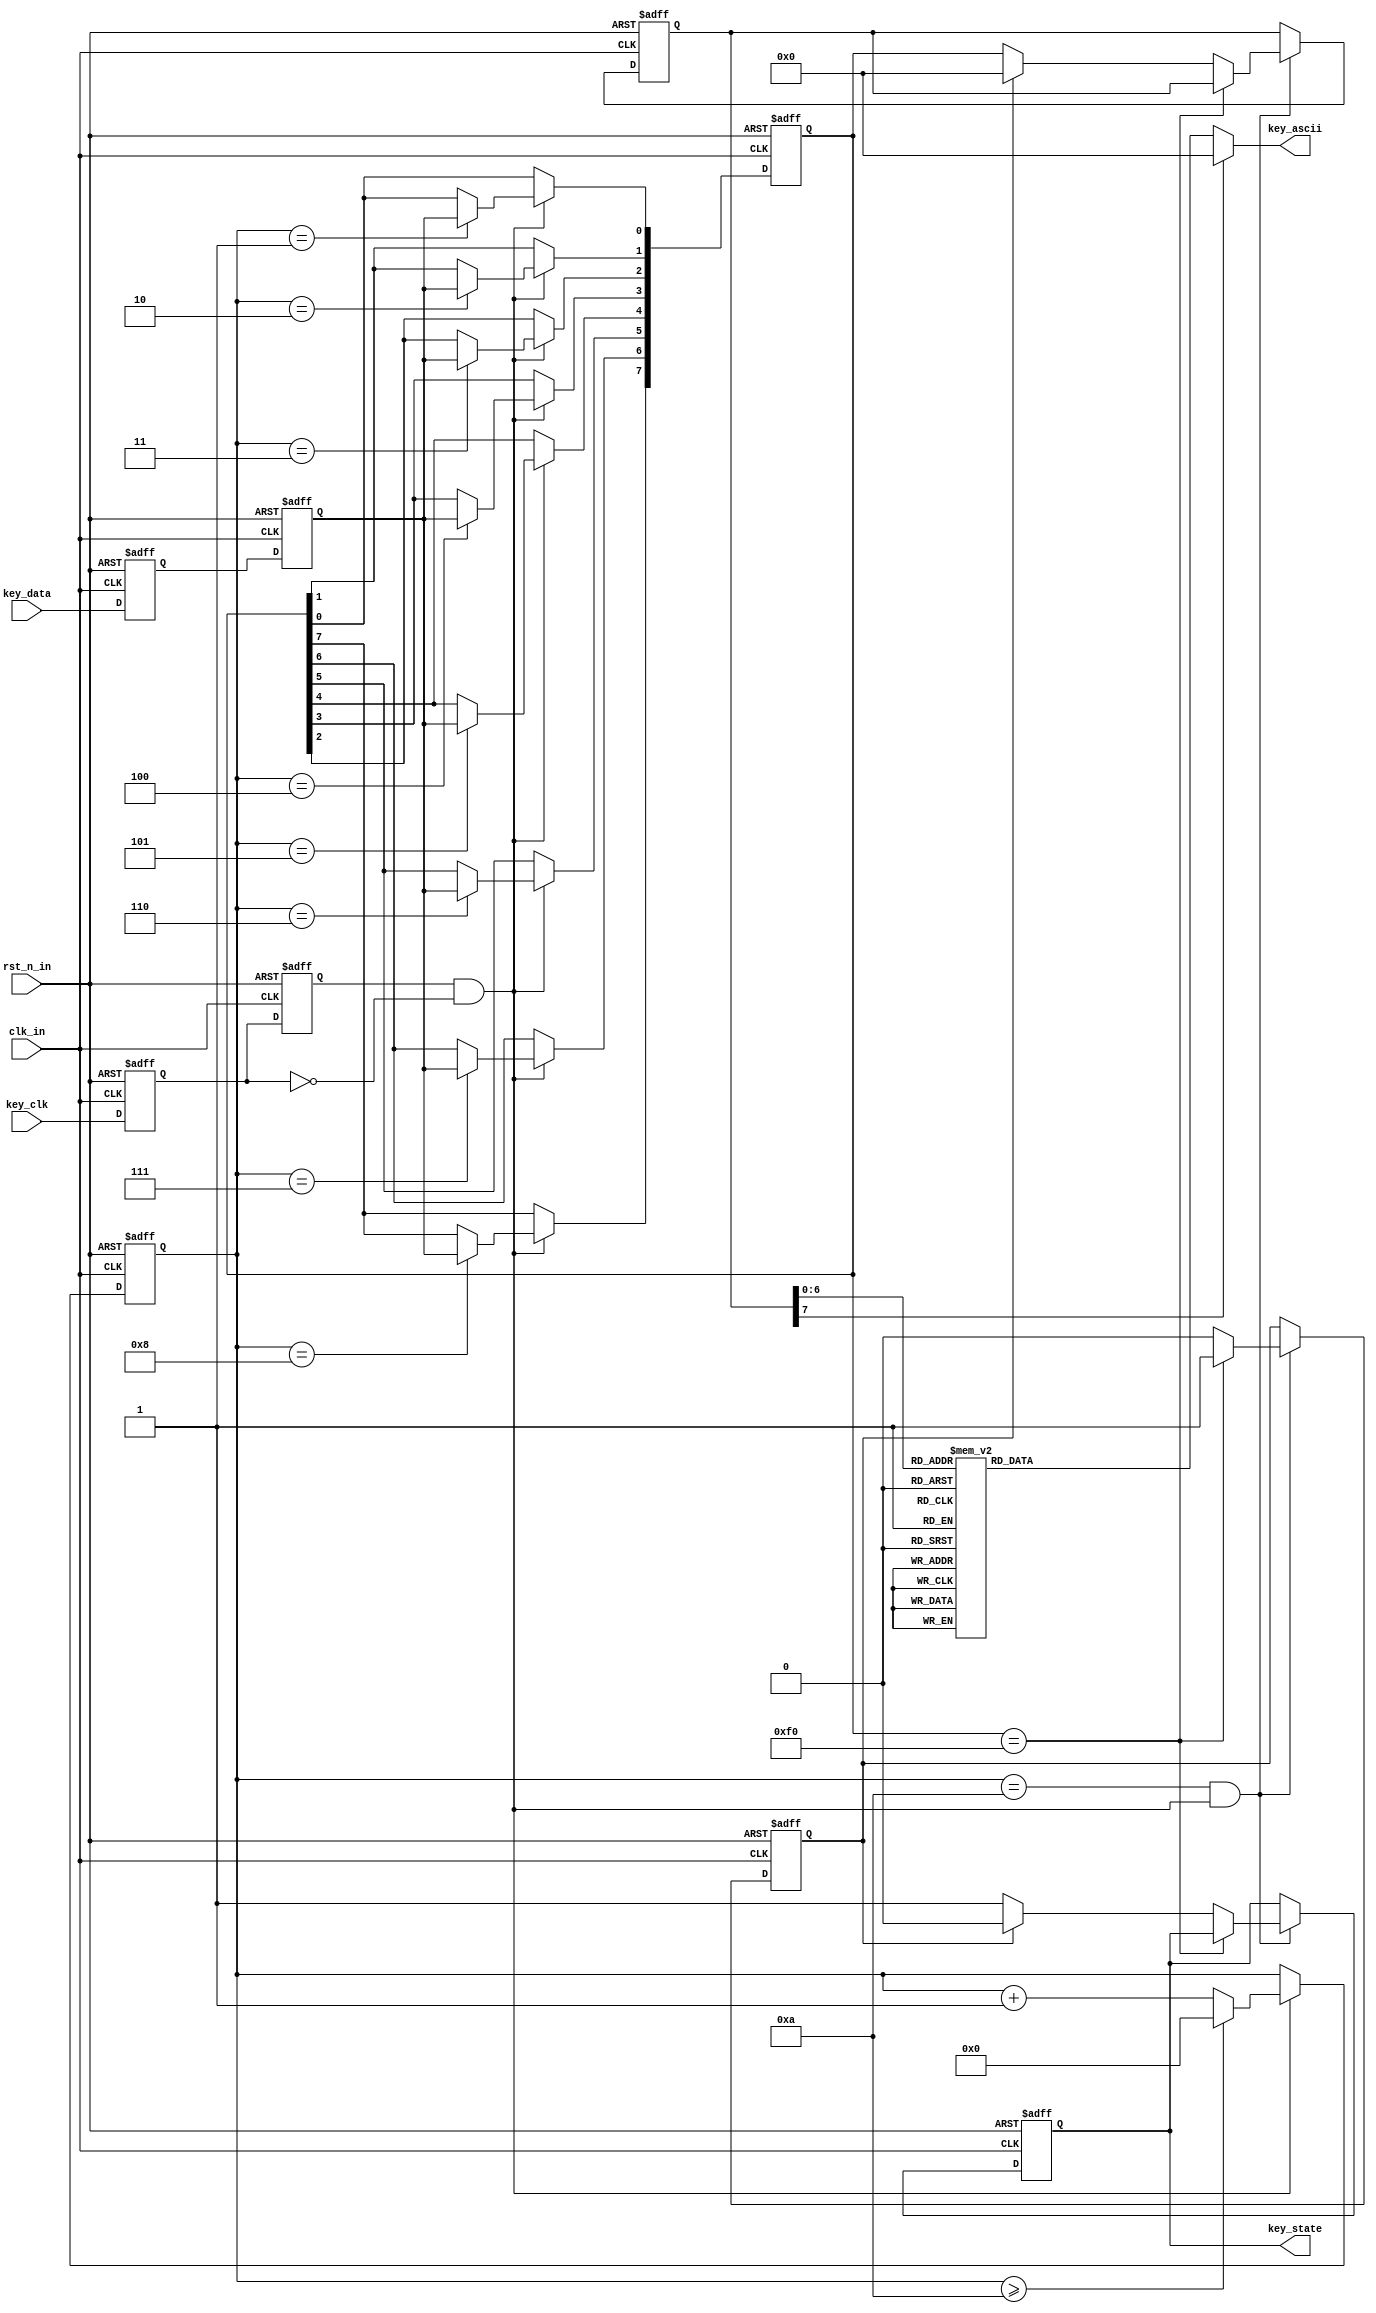
`timescale 1ns / 1ps



module Keyboard_PS2//ASCII
(
input					clk_in,				//
input					rst_n_in,			//
input					key_clk,			//PS2
input					key_data,			//PS2
output	reg				key_state,			//10
output	reg		[7:0]	key_ascii			//ASCII
);
 
reg		key_clk_r0 = 1'b1,key_clk_r1 = 1'b1; 
reg		key_data_r0 = 1'b1,key_data_r1 = 1'b1;
//
always @ (posedge clk_in or negedge rst_n_in) begin
	if(!rst_n_in) begin
		key_clk_r0 <= 1'b1;
		key_clk_r1 <= 1'b1;
		key_data_r0 <= 1'b1;
		key_data_r1 <= 1'b1;
	end else begin
		key_clk_r0 <= key_clk;
		key_clk_r1 <= key_clk_r0;
		key_data_r0 <= key_data;
		key_data_r1 <= key_data_r0;
	end
end
 
//
wire	key_clk_neg = key_clk_r1 & (~key_clk_r0); 
 
reg				[3:0]	cnt; 
reg				[7:0]	temp_data;
//
always @ (posedge clk_in or negedge rst_n_in) begin
	if(!rst_n_in) begin
		cnt <= 4'd0;
		temp_data <= 8'd0;
	end else if(key_clk_neg) begin 
		if(cnt >= 4'd10) cnt <= 4'd0;
		else cnt <= cnt + 1'b1;
		case (cnt)
			4'd0: ;	//
			4'd1: temp_data[0] <= key_data_r1;  //bit0
			4'd2: temp_data[1] <= key_data_r1;  //bit1
			4'd3: temp_data[2] <= key_data_r1;  //bit2
			4'd4: temp_data[3] <= key_data_r1;  //bit3
			4'd5: temp_data[4] <= key_data_r1;  //bit4
			4'd6: temp_data[5] <= key_data_r1;  //bit5
			4'd7: temp_data[6] <= key_data_r1;  //bit6
			4'd8: temp_data[7] <= key_data_r1;  //bit7
			4'd9: ;	//
			4'd10:;	//
			default: ;
		endcase
	end
end
 
reg						key_break = 1'b0;   
reg				[7:0]	key_byte = 1'b0;
//
always @ (posedge clk_in or negedge rst_n_in) begin 
	if(!rst_n_in) begin
		key_break <= 1'b0;
		key_state <= 1'b0;
		key_byte <= 1'b0;
	end else if(cnt==4'd10 && key_clk_neg) begin 
		if(temp_data == 8'hf0) key_break <= 1'b1;	//8'hf01
		else if(!key_break) begin 	//01
			key_state <= 1'b1;
			key_byte <= temp_data; 
		end else begin	//10
			key_state <= 1'b0;
			key_break <= 1'b0;
			key_byte<=0;
		end
	end
end
 
//ASCII
always @ (key_byte) begin
	case (key_byte)    //translate key_byte to key_ascii
		8'h15: key_ascii = 8'h51;   //Q
		8'h1d: key_ascii = 8'h57;   //W
		8'h24: key_ascii = 8'h45;   //E
		8'h2d: key_ascii = 8'h52;   //R
		8'h2c: key_ascii = 8'h54;   //T
		8'h35: key_ascii = 8'h59;   //Y
		8'h3c: key_ascii = 8'h55;   //U
		8'h43: key_ascii = 8'h49;   //I
		8'h44: key_ascii = 8'h4f;   //O
		8'h4d: key_ascii = 8'h50;   //P
		8'h1c: key_ascii = 8'h41;   //A
		8'h1b: key_ascii = 8'h53;   //S
		8'h23: key_ascii = 8'h44;   //D
		8'h2b: key_ascii = 8'h46;   //F
		8'h34: key_ascii = 8'h47;   //G
		8'h33: key_ascii = 8'h48;   //H
		8'h3b: key_ascii = 8'h4a;   //J
		8'h42: key_ascii = 8'h4b;   //K
		8'h4b: key_ascii = 8'h4c;   //L
		8'h1a: key_ascii = 8'h5a;   //Z
		8'h22: key_ascii = 8'h58;   //X
		8'h21: key_ascii = 8'h43;   //C
		8'h2a: key_ascii = 8'h56;   //V
		8'h32: key_ascii = 8'h42;   //B
		8'h31: key_ascii = 8'h4e;   //N
		8'h3a: key_ascii = 8'h4d;   //M
		default: key_ascii=0;		//nothing
	endcase
end
 
endmodule